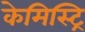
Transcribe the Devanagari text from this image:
केमिस्ट्रि